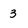
Character: 3